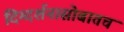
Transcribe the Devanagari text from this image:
दिग्दर्शनासोबातच